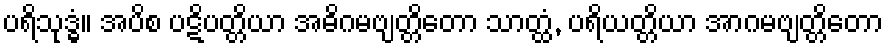
ပရိသုဒ္ဓံ။ အပိစ ပဋိပတ္တိယာ အဓိဂမဗျတ္တိတော သာတ္ထံ, ပရိယတ္တိယာ အာဂမဗျတ္တိတော